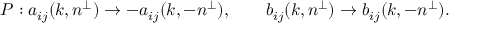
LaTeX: P : a _ { i j } ( k , n ^ { \perp } ) \rightarrow - a _ { i j } ( k , - n ^ { \perp } ) , \qquad b _ { i j } ( k , n ^ { \perp } ) \rightarrow b _ { i j } ( k , - n ^ { \perp } ) .